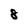
Character: 8